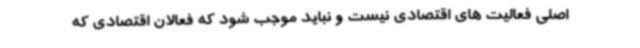
اصلی فعالیت های اقتصادی نیست و نباید موجب شود که فعالان اقتصادی که